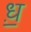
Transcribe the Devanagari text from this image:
ध़॒